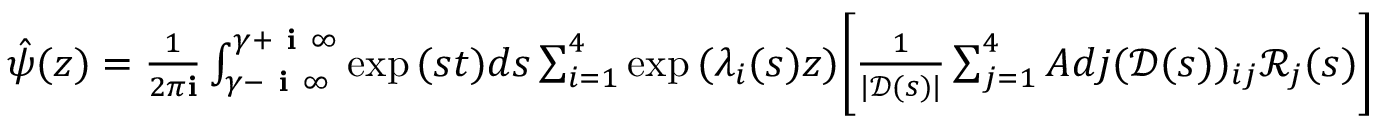
\begin{array} { r } { \hat { \psi } ( z ) = \frac { 1 } { 2 \pi \mathbf { i } } \int _ { \gamma - \textbf { i } \infty } ^ { \gamma + \textbf { i } \infty } \exp { ( s t ) } d s \sum _ { i = 1 } ^ { 4 } \exp { ( \lambda _ { i } ( s ) z ) } \Bigg [ \frac { 1 } { | \mathscr { D } ( s ) | } \sum _ { j = 1 } ^ { 4 } A d j ( \mathscr { D } ( s ) ) _ { i j } \mathscr { R } _ { j } ( s ) \Bigg ] } \end{array}